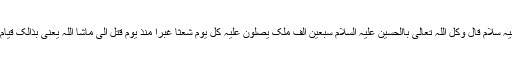
عن ابی عبد اللہ علیہ سلام قال وکل اللہ تعالیٰ باالحسین علیہ السلام سبعین الف ملک یصلون علیہ کل یوم شعثا غبرا منذ یوم قتل الی ماشا اللہ یعنی بذالک قیام القائم علیہ السلام ۔